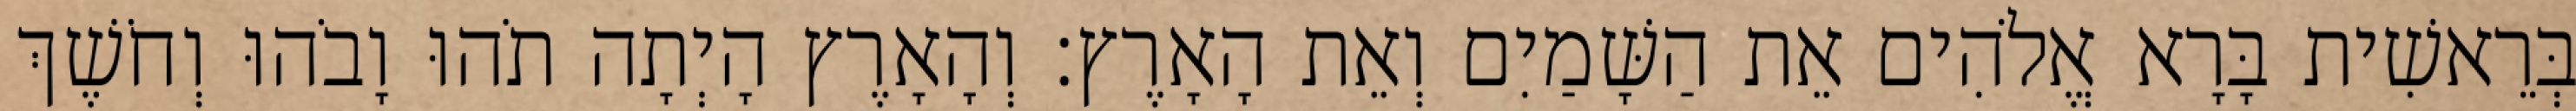
בְּרֵאשִׁית בָּרָא אֱלֹהִים אֵת הַשָּׁמַיִם וְאֵת הָאָרֶץ׃ וְהָאָרֶץ הָיְתָה תֹהוּ וָבֹהוּ וְחֹשֶׁךְ